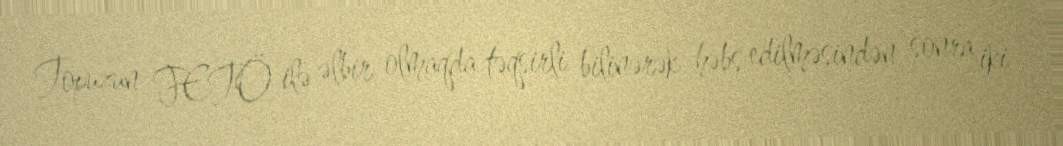
Topuzun FETÖ ilə əlbir olmaqda təqsirli bilinərək həbs edilməsindən sonra iki